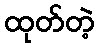
ထုတ်တဲ့